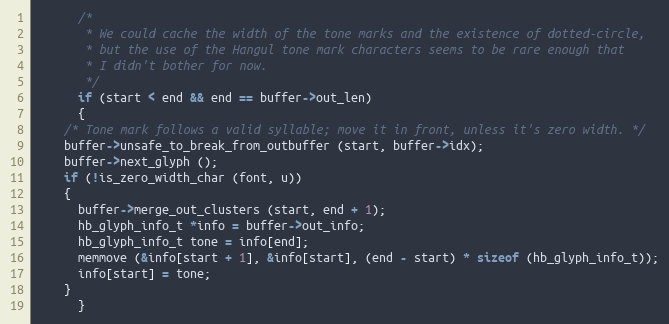
Language: C++
      /*
       * We could cache the width of the tone marks and the existence of dotted-circle,
       * but the use of the Hangul tone mark characters seems to be rare enough that
       * I didn't bother for now.
       */
      if (start < end && end == buffer->out_len)
      {
	/* Tone mark follows a valid syllable; move it in front, unless it's zero width. */
	buffer->unsafe_to_break_from_outbuffer (start, buffer->idx);
	buffer->next_glyph ();
	if (!is_zero_width_char (font, u))
	{
	  buffer->merge_out_clusters (start, end + 1);
	  hb_glyph_info_t *info = buffer->out_info;
	  hb_glyph_info_t tone = info[end];
	  memmove (&info[start + 1], &info[start], (end - start) * sizeof (hb_glyph_info_t));
	  info[start] = tone;
	}
      }